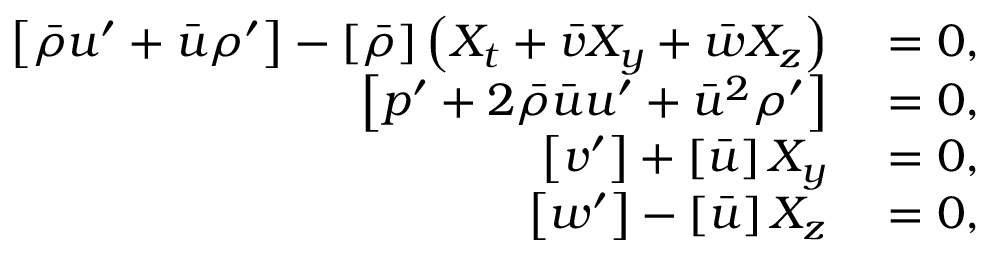
\begin{array} { r l } { \left[ \bar { \rho } u ^ { \prime } + \bar { u } \rho ^ { \prime } \right] - \left[ \bar { \rho } \right] \left( X _ { t } + \bar { v } X _ { y } + \bar { w } X _ { z } \right) } & { { } = 0 , } \\ { \left[ p ^ { \prime } + 2 \bar { \rho } \bar { u } u ^ { \prime } + \bar { u } ^ { 2 } \rho ^ { \prime } \right] } & { { } = 0 , } \\ { \left[ v ^ { \prime } \right] + \left[ \bar { u } \right] X _ { y } } & { { } = 0 , } \\ { \left[ w ^ { \prime } \right] - \left[ \bar { u } \right] X _ { z } } & { { } = 0 , } \end{array}